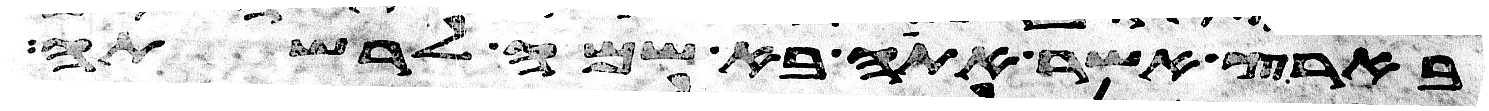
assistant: בארץ אשר אתה בא שמה לרשתה